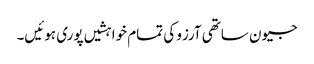
جیون ساتھی آرزو کی تمام خواہشیں پوری ہوئیں۔